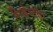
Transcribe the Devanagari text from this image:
निश्चेष्टता